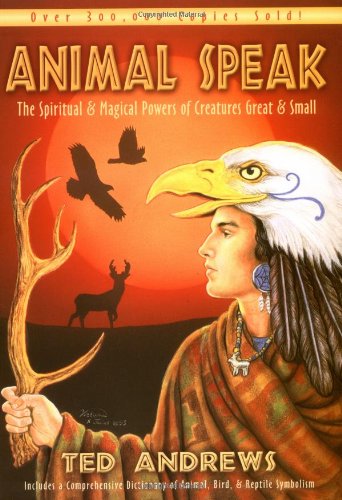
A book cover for Animal-Speak: The Spiritual & Magical Powers of Creatures Great & Small; Ted Andrews; Crafts, Hobbies & Home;